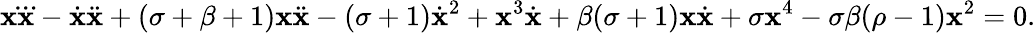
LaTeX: \mathbf{x}\dddot{\mathbf{x}}-\dot{{\mathbf{x}}}\ddot{{\mathbf{x}}}+(\sigma+\beta+1)\mathbf{x}\ddot{{\mathbf{x}}}-(\sigma+1)\dot{{\mathbf{x}}}^{2}+\mathbf{x}^{3}\dot{{\mathbf{x}}}+\beta(\sigma+1)\mathbf{x}\dot{{\mathbf{x}}}+\sigma\mathbf{x}^{4}-\sigma\beta(\rho-1)\mathbf{x}^{2}=0.